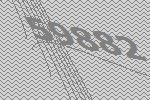
59882